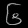
Digit: ၆